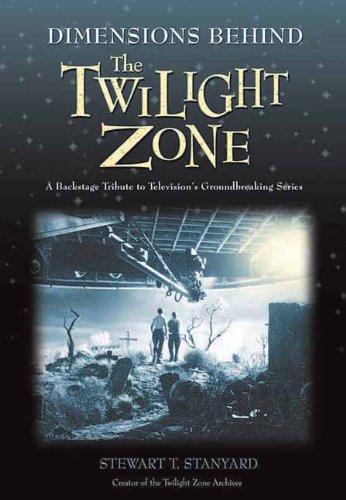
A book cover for Dimensions Behind the Twilight Zone: A Backstage Tribute to Television's Groundbreaking Series; Stewart T Stanyard; Humor & Entertainment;